Trukikaitis_Postimees, lk 8
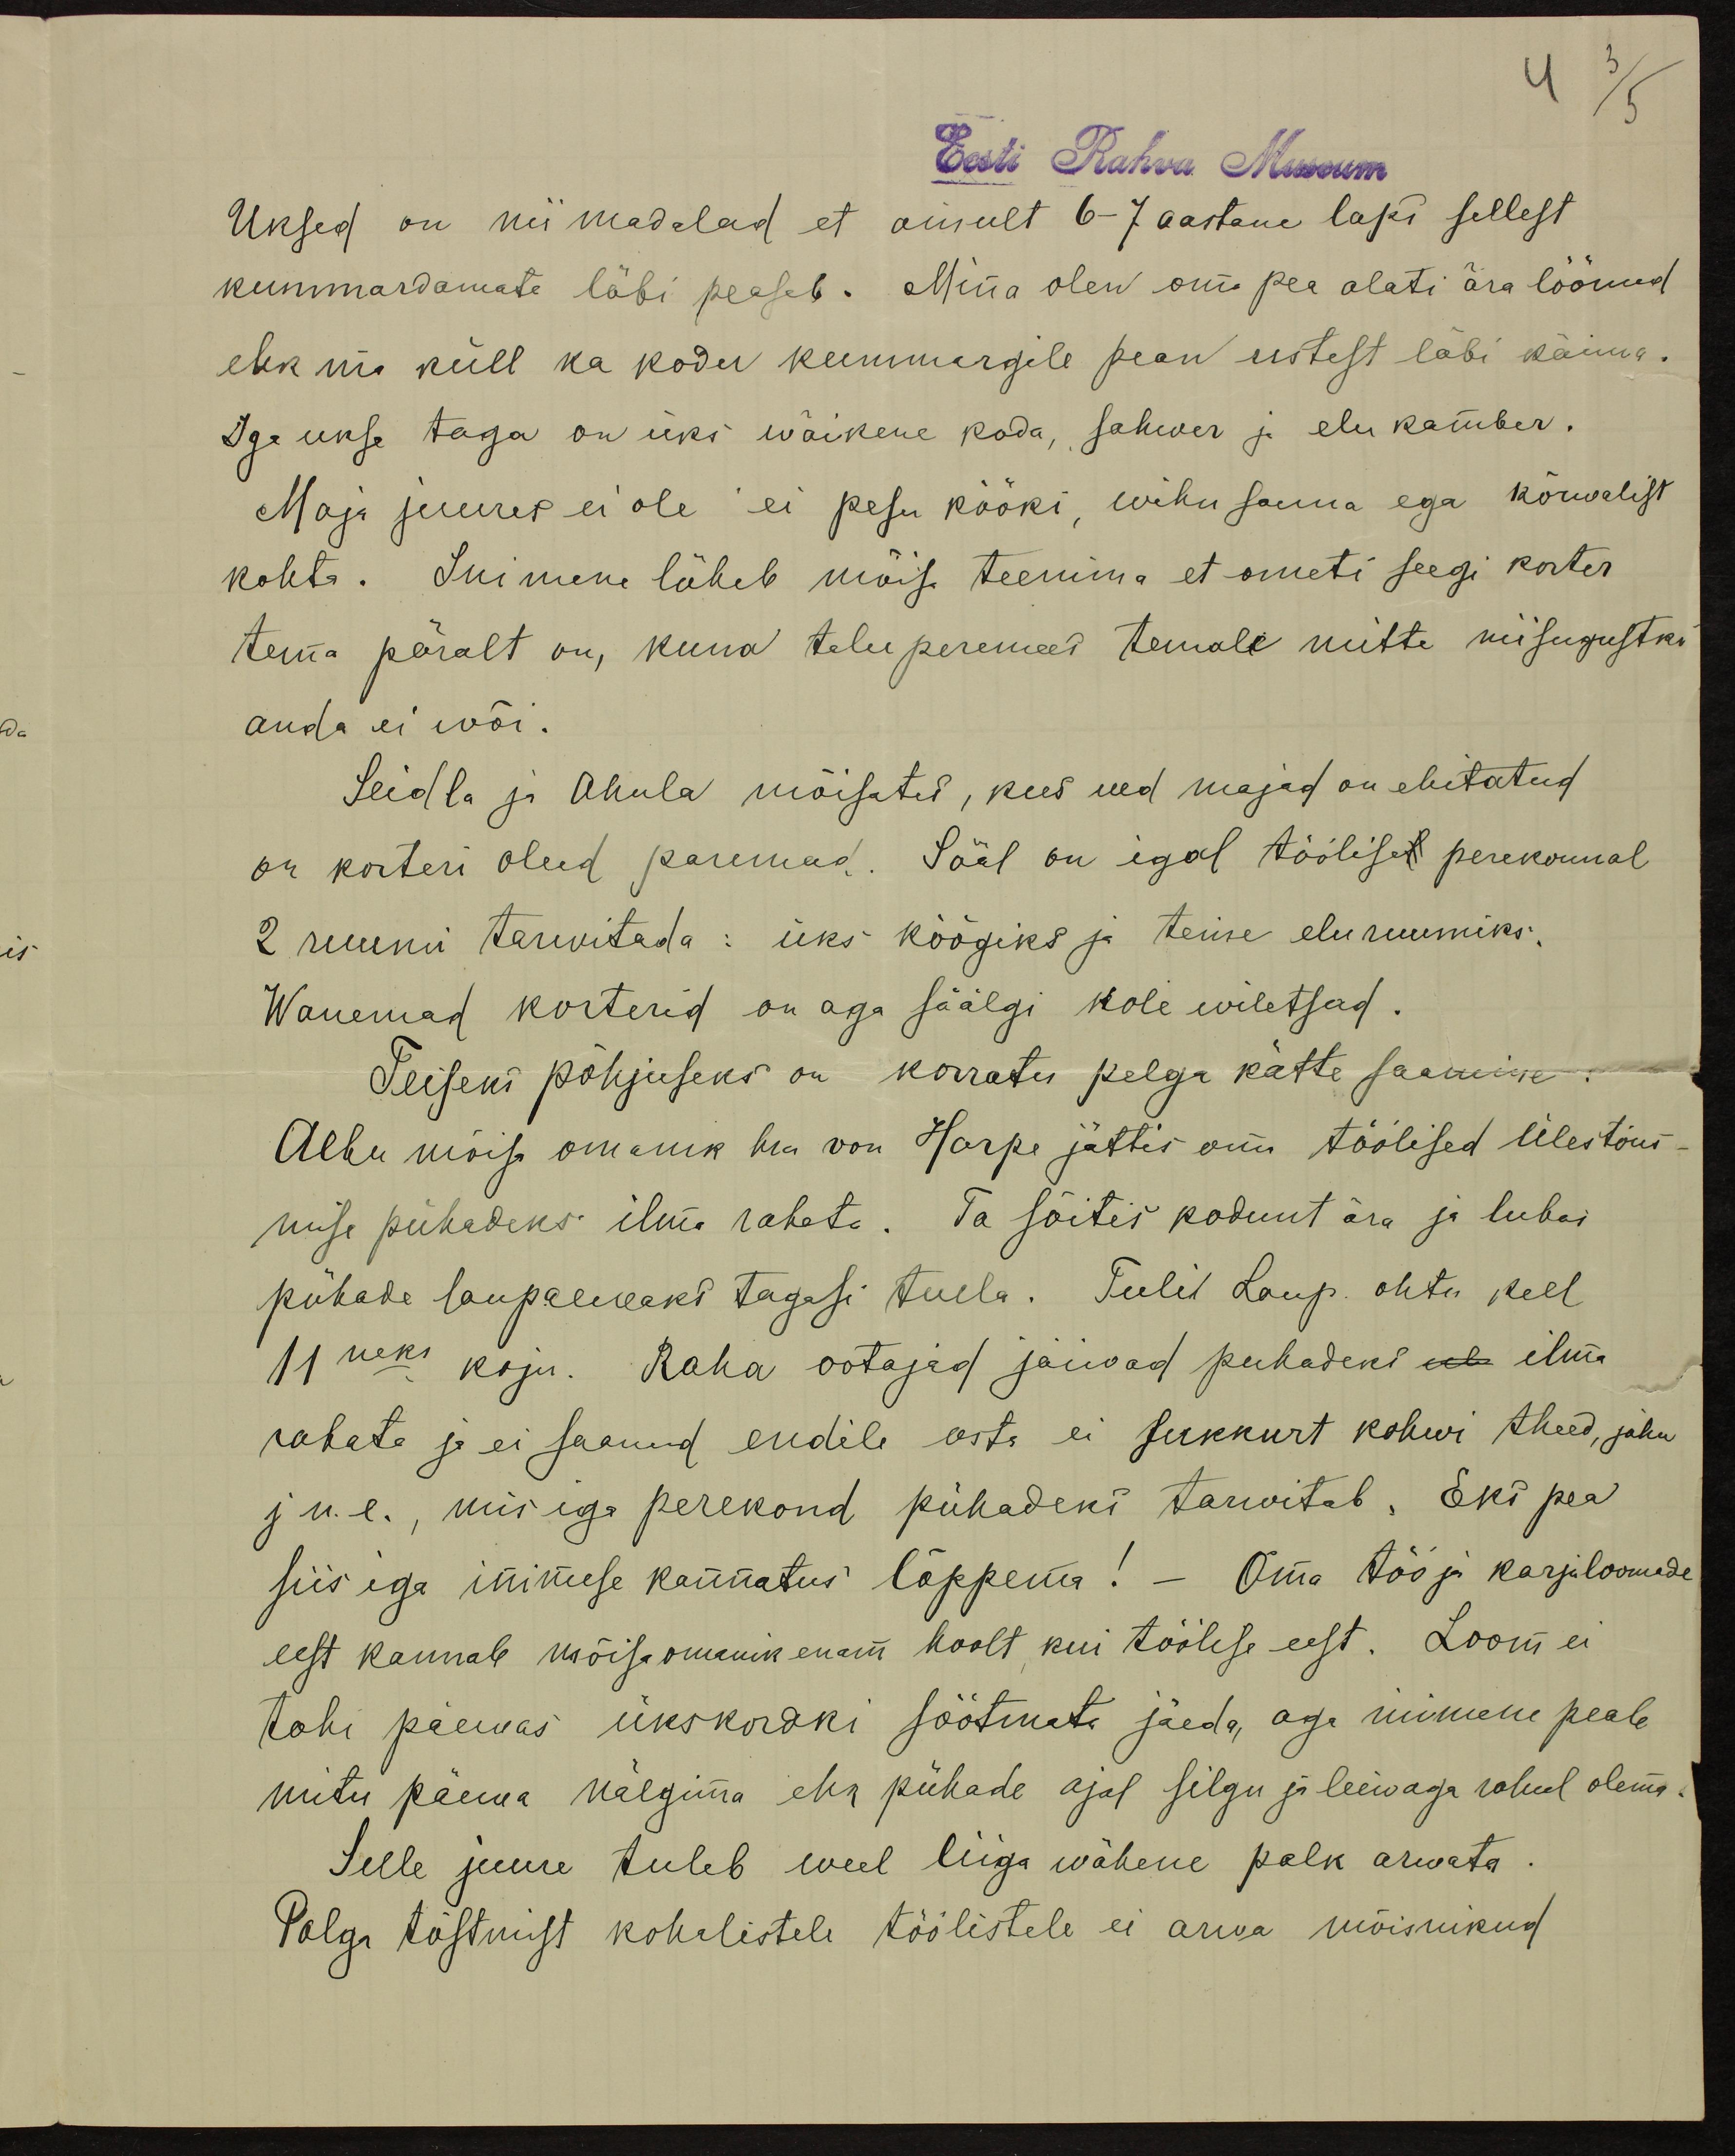
4 3/5

Eesti Rahva Museum
Uksed on nii madalad et ainult 6-7 aastane laps sellest
kummardamata läbi peaseb. Mina olen oma pea alati ära löönud
ehk mis küll ka kodu kummargile pean ustest läbi käima.
Iga ukse taga on üks wäikene koda, sahwer ja elu kamber.
Maja juures ei ole ei pesu kööki, wihu sauna ega kõrwalist
kohta. Inimene läheb mõisa teenina et ometi seegi korter
tema päralt on, kuna talu peremees temale mitte niisugustki
anda ei wõi.
Seidla ja Ahula mõisates, kus need majad on ehitatud
on korteri olud paremad. Sääl on igal töölisel perekonnal
2 ruumi tarwitada: üks köögiks ja teine eluruumiks.
Wanemad korterid on aga säälgi kole wiletsad.
Teiseks põhjuseks on korratu palga kätte saamine.
Albu mõisa omanik hra von Harpe jättis oma töölised ülestõus-
mise pühadeks ilma rahata. Ta sõitis kodunt ära ja lubas
pühade laupaewaks tagasi tulla. Tulil Laup. ohtu kell
11neks koju. Raha ootajad jäiwad pühadeks ul ilma
rahata ja ei saanud endile osta ei sukkurt kohwi theed, jahu
jn.e, mis iga perekond pühadeks tarvitab. Eks pea
siis iga inimese kannatus lõppema! – Oma töö ja karjaloomade
eest kannab mõisaomanik enam hoolt kui töölise eest. Loom ei
tohi päewas ükskordki söötmata jäeda, aga inimene peab
mitu päewa nälgima ehk pühade ajal silgu ja leiwaga rahul olema.
Selle juurde tuleb weel liiga wähene palk arwata.
Palga tõstmist kohalistele töölistele ei arwa mõisnikud